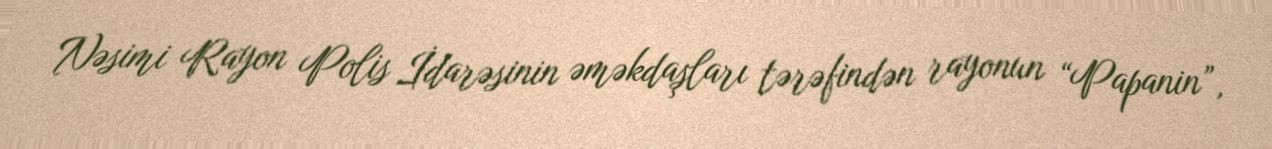
Nəsimi Rayon Polis İdarəsinin əməkdaşları tərəfindən rayonun “Papanin”,